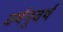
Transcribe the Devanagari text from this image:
वर्षनुवर्ष